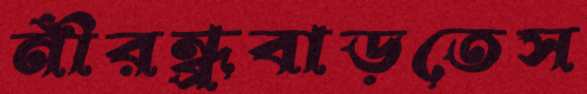
নীরন্ধ্রবাড়তেস